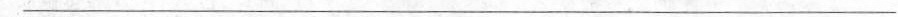
___